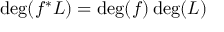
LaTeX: \deg ( f ^ { * } L ) = \deg ( f ) \deg ( L )